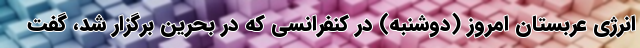
انرژی عربستان امروز (دوشنبه) در کنفرانسی که در بحرین برگزار شد، گفت